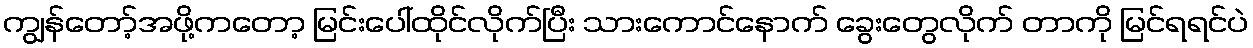
ကျွန်တော့်အဖို့ကတော့ မြင်းပေါ်ထိုင်လိုက်ပြီး သားကောင်နောက် ခွေးတွေလိုက် တာကို မြင်ရရင်ပဲ